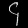
Digit: ၄